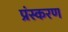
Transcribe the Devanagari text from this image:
प्रंस्करण